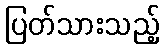
ပြတ်သားသည့်